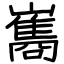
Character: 雟